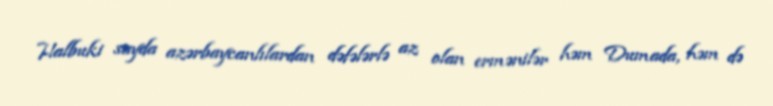
Halbuki sayda azərbaycanlılardan dəfələrlə az olan ermənilər həm Dumada, həm də